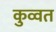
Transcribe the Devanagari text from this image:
कुव्‍वत